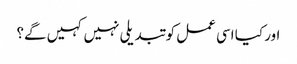
اور کیا اسی عمل کو تبدیلی نہیں کہیں گے؟